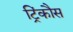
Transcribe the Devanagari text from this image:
ट्रिंकौस